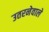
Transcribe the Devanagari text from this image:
उतरनेवाले